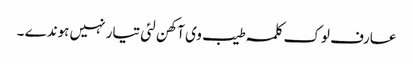
عارف لوک کلمہ طیب وی آکھن لئی تیار نہیں ہوندے ۔